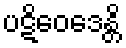
ပဋိဝေဒေန္တိ